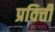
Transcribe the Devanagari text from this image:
प्रवित्ती